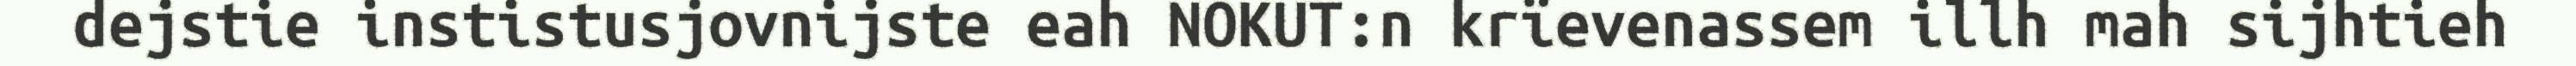
dejstie instistusjovnijste eah NOKUT:n krïevenassem illh mah sijhtieh